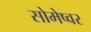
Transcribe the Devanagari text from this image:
सोमेष्वर